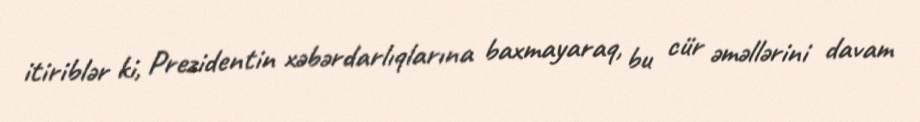
itiriblər ki, Prezidentin xəbərdarlıqlarına baxmayaraq, bu cür əməllərini davam